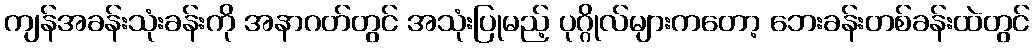
ကျန်အခန်းသုံးခန်းကို အနာဂတ်တွင် အသုံးပြုမည့် ပုဂ္ဂိုလ်များကတော့ ဘေးခန်းတစ်ခန်းထဲတွင်